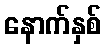
နောက်နှစ်